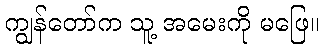
ကျွန်တော်က သူ့ အမေးကို မဖြေ။